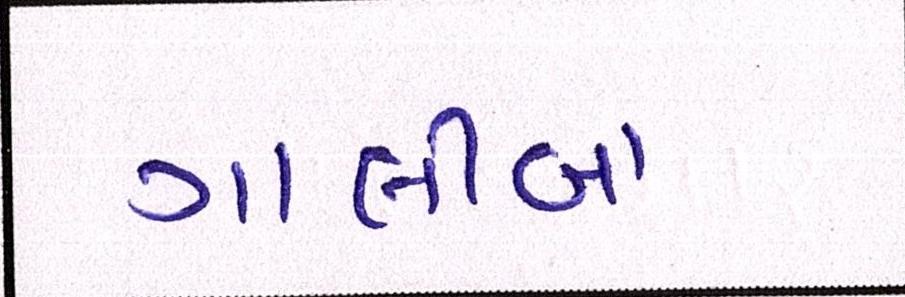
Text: ગાલીબા